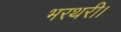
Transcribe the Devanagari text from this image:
भरथरी।